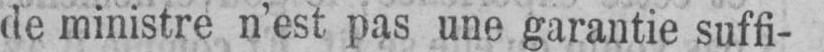
de ministre n’est pas une garantie suffi-